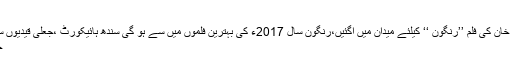
گورنر خیبر پختونخواہ
کرینہ کپور خان اپنے شوہر سیف علی خان کی فلم ’’رنگون ‘‘ کیلئے میدان میں آگئیں،رنگون سال 2017ء کی بہترین فلموں میں سے ہو گی سندھ ہائیکورٹ ،جعلی قیدیوں سے متعلق ریکارڈ پیش کرنے کا حکم
خان صاحب بہت افسردہ لگ رہے ہیں۔